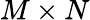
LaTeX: M\times N